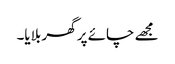
مجھے چائے پر گھر بلایا۔